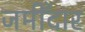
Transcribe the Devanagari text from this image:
जमीँदार